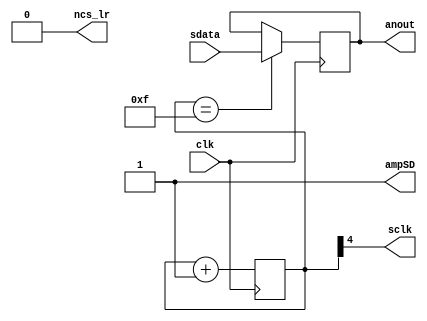
`timescale 1ns / 1ps
//////////////////////////////////////////////////////////////////////////////////
// Company: 
// Engineer: 
// 
// Design Name: 
// Module Name: audioout
// Project Name: 
// Target Devices: 
// Tool Versions: 
// Description: 
// 
// Dependencies: 
// 
// Revision:
// Revision 0.01 - File Created
// Additional Comments:
// 
//////////////////////////////////////////////////////////////////////////////////


module audioout(
        output anout,
        output ampSD,
        output sclk,
        output ncs_lr,
        input sdata,
        input clk
        );
    
    reg [4:0]clk_cntr_reg;
    reg pwm_val_reg;
    initial
    begin
        clk_cntr_reg=0;
        pwm_val_reg=0;
    end
    always @(posedge clk)
    begin
        clk_cntr_reg <= clk_cntr_reg + 1;
        //mic_clk <= clk_cntr_reg[4];
    end
    
    always @(posedge clk)
    begin
        if(clk_cntr_reg == 5'b01111) begin
            pwm_val_reg <= sdata;
        end
    end
    
    //sclk = 100MHz / 32 = 3.125 MHz
    assign sclk = clk_cntr_reg[4];
    
    assign anout = pwm_val_reg;
    assign ncs_lr = 1'b0;      //mic LRSel
    assign ampSD = 1'b1;
    
    
endmodule